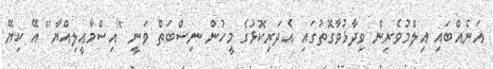
އަނެއްބައި އިލްމުވެރިން ވިދާޅުވާގޮތުގައި އެދަރިކޮޅުގެ މީހުން ނިސްބަތް ވަނީ ''އިސްމާޢީލިއްޔާ'' އޭ ކިޔޭ